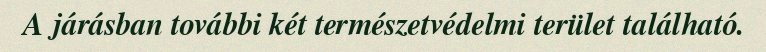
A járásban további két természetvédelmi terület található.